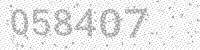
Solution: 058407